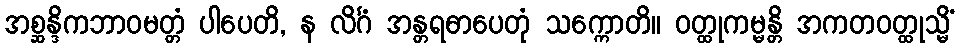
အစ္ဆန္ဒိကဘာဝမတ္တံ ပါပေတိ, န လိင်္ဂံ အန္တရဓာပေတုံ သက္ကောတိ။ ဝတ္ထုကမ္မန္တိ အကတဝတ္ထုသ္မိံ